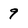
Character: 9